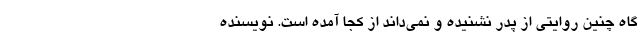
گاه چنین روایتی از پدر نشنیده و نمی‌داند از کجا آمده است. نویسنده